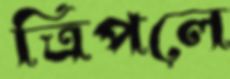
ত্রিপলে